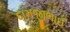
દામજીભાઈ